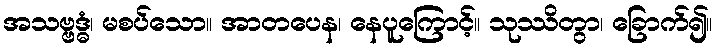
အသဗ္ဗဒ္ဓံ၊ မစပ်သော။ အာတပေန၊ နေပူကြောင့်။ သုဿိတွာ၊ ခြောက်၍။